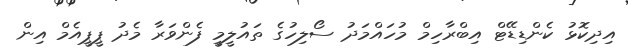
އިދިކޮޅު ކެންޑިޑޭޓް އިބްރާހިމް މުހައްމަދު ސޯލިހުގެ ތައުލީމީ ފެންވަރާ މެދު ޕީޕީއެމް އިން